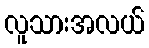
လူသားအလယ်